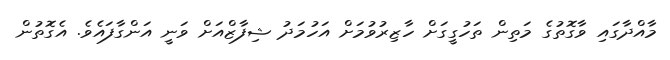
މާއްދާގައި ވާގޮތުގެ މަތިން ތަހުގީގަށް ހާޒިރުވުމަށް އަހުމަދު ޝިފާޒްއަށް ވަނީ އަންގާފައެވެ. އެގޮތުން